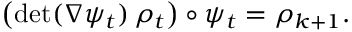
\big ( \mathrm { d e t } ( \nabla \psi _ { t } ) \, \rho _ { t } \big ) \circ \psi _ { t } = \rho _ { k + 1 } .